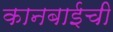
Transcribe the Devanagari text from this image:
कानबाईची